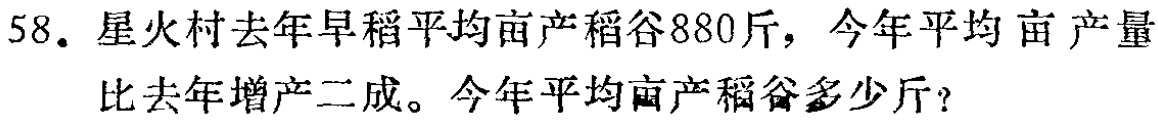
58. 星火村去年早稻平均亩产稻谷880斤，今年平均亩产量

比去年增产二成。今年平均亩产稻谷多少斤？